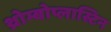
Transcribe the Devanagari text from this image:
थ्रोम्बोप्लास्टिन